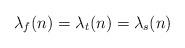
LaTeX: \begin{align*} \lambda_{f}(n) = \lambda_t(n) = \lambda_s(n)\end{align*}